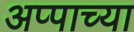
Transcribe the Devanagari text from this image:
अप्पाच्या